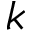
k